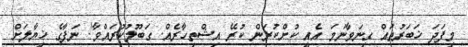
މިފަދަ ޚަބަރުތައް ގިނަވާނަމަ އެއީ ކުށްކުރަން ކުރޭ އިޝްތިހާރެއް. ގަބޫލުކުރައްވާ! ނަފާގެ ޚިޔާލަށް